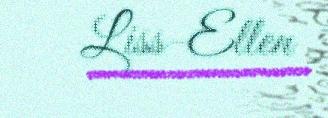
Liss-Ellen